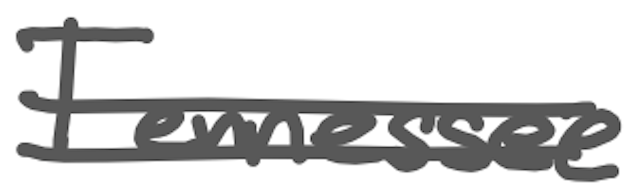
Text: Tennessee
Cross-out: mix
Writing tool: digital_gray